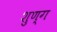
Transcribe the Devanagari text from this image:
शुण्ग